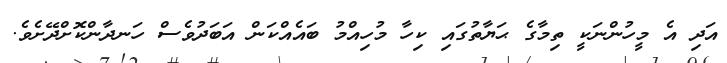
އަދި އެ މީހުންނަކީ ތިމާގެ ޙަޔާތުގައި ކިހާ މުހިއްމު ބައެއްކަން އަބަދުވެސް ހަނދާންކޮށްދޭށެވެ.